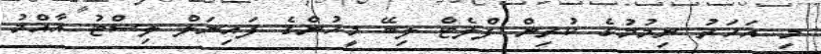
މި އަހަރު ނިމުމުގެ ކުރިން ފްލެޓް ލިބޭ މީހުންގެ ފައިނަލް ލިސްޓު އާއްމު